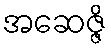
အဆေဇ္ဇိ